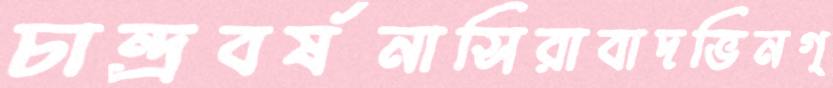
চান্দ্রবর্ষনাসিরাবাদভিনগ্